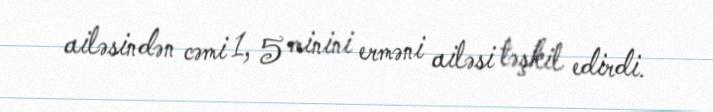
ailəsindən cəmi 1, 5 minini erməni ailəsi təşkil edirdi.